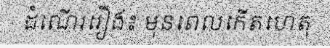
ដំណើររឿង៖ មុនពេលកើតហេតុ